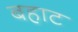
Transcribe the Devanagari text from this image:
बहाट